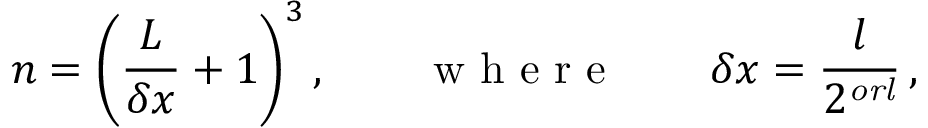
n = \left( \frac { L } { \delta x } + 1 \right) ^ { 3 } , \qquad \mathrm { ~ w ~ h ~ e ~ r ~ e ~ } \qquad \delta x = \frac { l } { 2 ^ { \mathit { o r l } } } \, ,